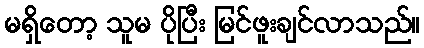
မရှိတော့ သူမ ပိုပြီး မြင်ဖူးချင်လာသည်။